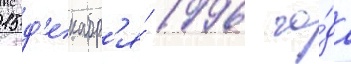
15 д'екабр'я́ 1996 го́да